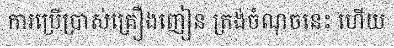
ការប្រើប្រាស់គ្រឿងញៀន ត្រង់ចំណុចនេះ ហើយ